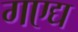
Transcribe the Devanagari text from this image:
गएद्य